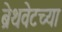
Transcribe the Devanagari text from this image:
ब्रेथवेटच्या